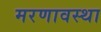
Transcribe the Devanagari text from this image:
मरणावस्था